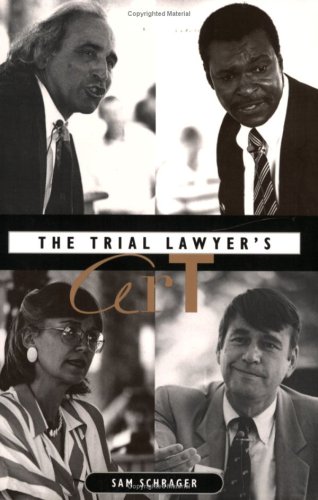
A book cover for The Trial Lawyer's Art; Sam Schrager; Law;